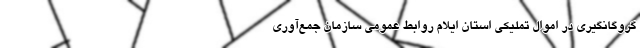
گروگانگیری در اموال تملیکی استان ایلام روابط عمومی سازمان جمع‌آوری